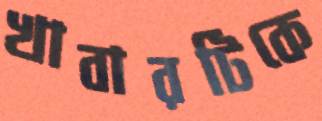
খাবারটিকে